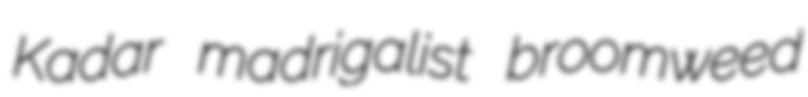
Kadar madrigalist broomweed